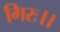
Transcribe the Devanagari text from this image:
गिरः।।